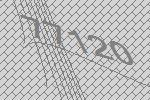
77120